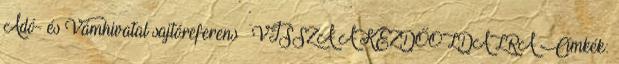
Adó- és Vámhivatal sajtóreferens – VISSZA A KEZDŐOLDALRA Címkék: